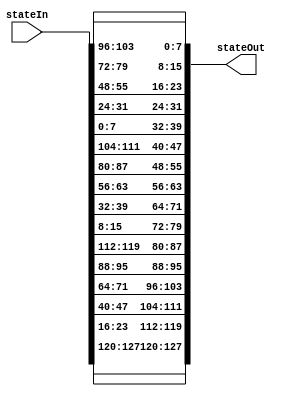
module Invshift_rows(input [0:127] stateIn, output [0:127] stateOut);

assign stateOut[0:7]   = stateIn[0:7]; //0 

assign stateOut[8:15] = stateIn[104:111];//1

assign stateOut[16:23] = stateIn[80:87];//2

assign stateOut[24:31] = stateIn[56:63];//3

assign stateOut[32:39] = stateIn[32:39];//4

assign stateOut[40:47] = stateIn[8:15];//5

assign stateOut[48:55] = stateIn[112:119];//6

assign stateOut[56:63] = stateIn[88:95];//7

assign stateOut[64:71] = stateIn[64:71];//8

assign stateOut[72:79] = stateIn[40:47];//9

assign stateOut[80:87] = stateIn[16:23];//10

assign stateOut[88:95] = stateIn[120:127];//11

assign stateOut[96:103] = stateIn[96:103];//12

assign stateOut[104:111] = stateIn[72:79];//13

assign stateOut[112:119] = stateIn[48:55];//14

assign stateOut[120:127] = stateIn[24:31];//15

endmodule